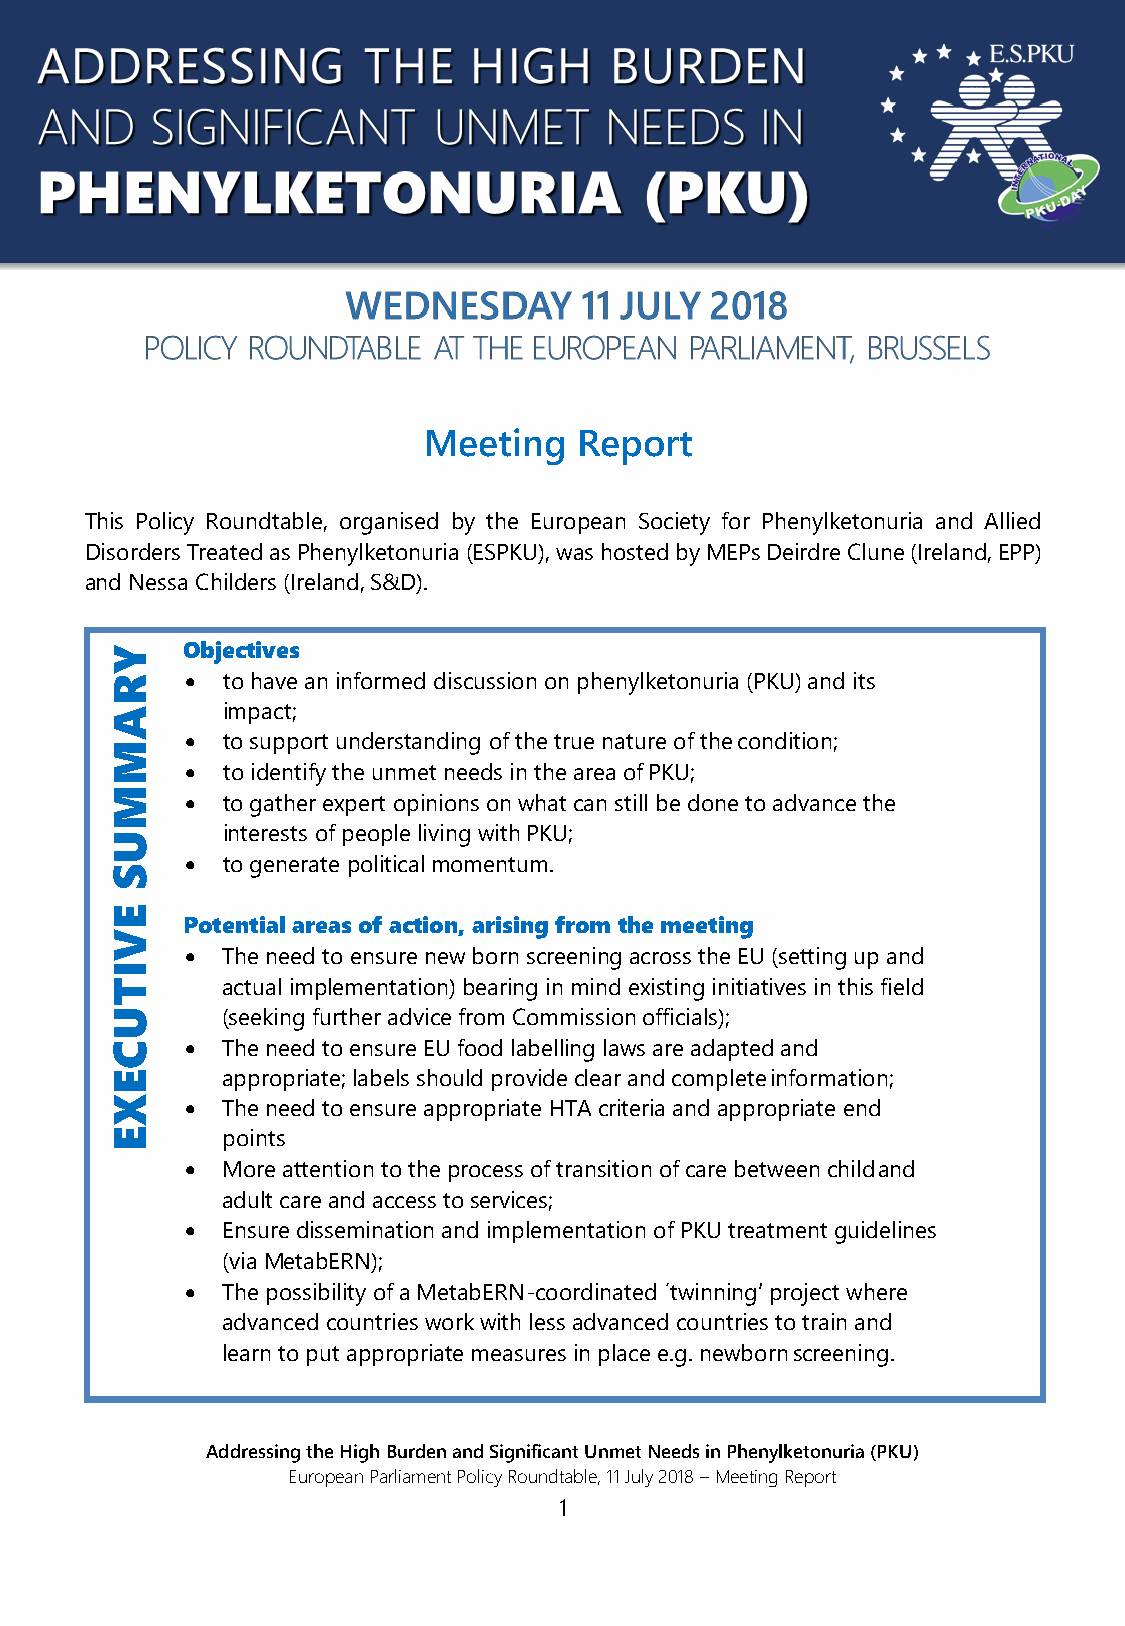
Meeting   Report
 This Policy Roundtable, organised by the European Society for Phenylketonuria and Allied
 Disorders Treated as Phenylketonuria (ESPKU), was hosted by MEPs Deirdre Clune (Ireland, EPP)
 and Nessa Childers (Ireland, S&D).
 Y    Objectives
 R    •  to have an informed discussion on phenylketonuria (PKU) and its
 A       impact;
 •  to support understanding of the true nature of the condition;
 M
 •  to identify the unmet needs in the area of PKU;
 M
 •  to gather expert opinions on what can still be done to advance the
 interests of people living with PKU;
 U
 •  to generate political momentum.
 S
 E
 Potential areas of action, arising from the meeting
 V
 •  The need to ensure new born screening across the EU (setting up and
 I
 T       actual implementation) bearing in mind existing initiatives in this field
 U       (seeking further advice from Commission officials);
 C    •  The need to ensure EU food labelling laws are adapted and
 E       appropriate; labels should provide clear and complete information;
 X    •  The need to ensure appropriate HTA criteria and appropriate end
 E       points
 •  More attention to the process of transition of care between child and
 adult care and access to services;
 •  Ensure dissemination and implementation of PKU treatment guidelines
 (via MetabERN);
 •  The possibility of a MetabERN-coordinated ´twinning’ project where
 advanced countries work with less advanced countries to train and
 learn to put appropriate measures in place e.g. newborn screening.
 Addressing the High Burden and Significant Unmet Needs in Phenylketonuria (PKU)
 European Parliament Policy Roundtable, 11 July 2018 – Meeting Report
 1